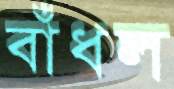
বাঁধল